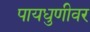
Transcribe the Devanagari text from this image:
पायधुणीवर